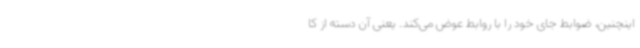
اینچنین، ضوابط جای خود را با روابط عوض می‌کند. یعنی آن دسته از کا